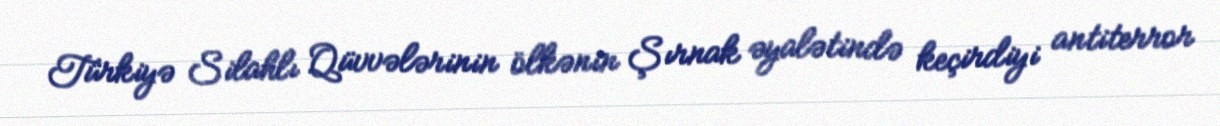
Türkiyə Silahlı Qüvvələrinin ölkənin Şırnak əyalətində keçirdiyi antiterror